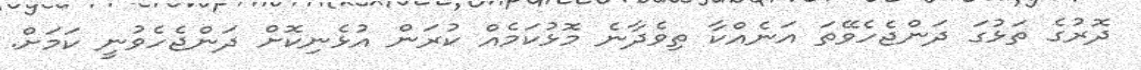
ދޮރުގެ ތަޅުގަ ދަންޖެހެވޭތަ އަނެއްކާ ތިވެދާނެ މޮޅުކަމެއް ކުރަން އުޅެނިކޮށް ދަންޖެހެވުނީ ކަމަށް.